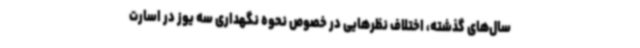
سال‌های گذشته، اختلاف نظرهایی در خصوص نحوه نگهداری سه یوز در اسارت